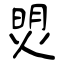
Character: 焽